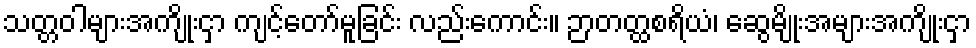
သတ္တဝါများအကျိုးငှာ ကျင့်တော်မူခြင်း လည်းကောင်း။ ဉာတတ္ထစရိယံ၊ ဆွေမျိုးအများအကျိုးငှာ